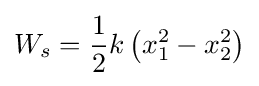
W_{s}={\frac {1}{2}}k\left(x_{1}^{2}-x_{2}^{2}\right)